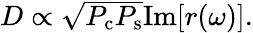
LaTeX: \begin{array}{r}{D\propto\sqrt{P_{\mathrm{c}}P_{\mathrm{s}}}\mathrm{Im}[r(\omega)].}\end{array}